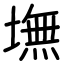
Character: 墲